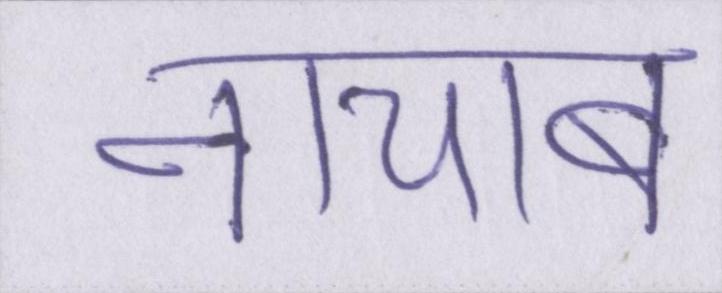
नायाब